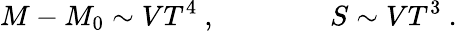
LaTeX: M-M_{0}\sim VT^{4}\ ,\qquad\qquad S\sim VT^{3}\ .